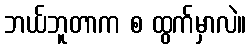
ဘယ်ဘူတာက စ ထွက်မှာလဲ။